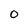
Character: 0